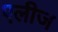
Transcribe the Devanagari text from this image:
एलीज